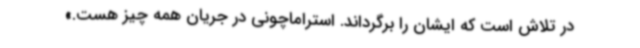
در تلاش است که ایشان را برگرداند. استراماچونی در جریان همه چیز هست.»